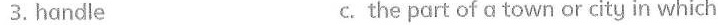
3.handle c. the part of α town or city in which